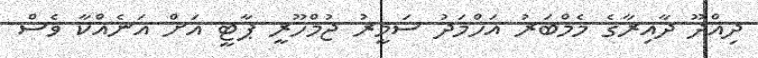
ދިއްދޫ ދާއިރާގެ މެމްބަރު އަހްމަދު ސަމީރު ޖުމްހޫރީ ޕާޓީ އަށް އަނެއްކާ ވެސް